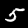
Digit: 5